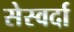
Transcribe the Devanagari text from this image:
सेस्वर्दा